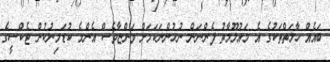
ބައެއް ހާލަތްތަކުގެ އެ މައުލޫމާތު ފެންނަން ނުހުންނަކަމަށް ވަންޏާވެސް އެންމެ ކުޑަމިނުކުން ޓެކްސީގެ